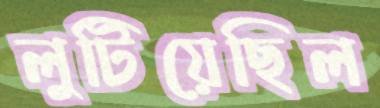
লুটিয়েছিল